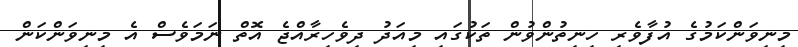
މިނިވަންކަމުގެ އުފާވެރި ހިނިތުންވުން ތަކުގައި މިއަދު ދިވެހިރާއްޖެ އޮތް ނަމަވެސް އެ މިނިވަންކަން